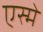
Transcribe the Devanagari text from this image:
एस्मे